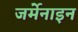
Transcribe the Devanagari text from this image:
जर्मेनाइन